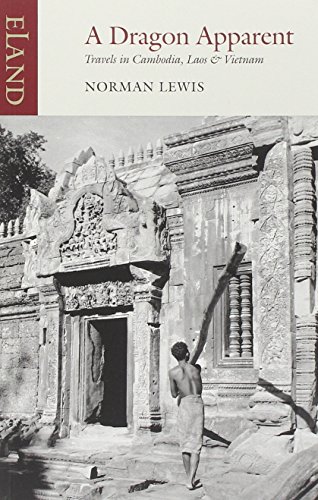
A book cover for A Dragon Apparent: Travels in Cambodia, Laos, and Vietnam; Norman Lewis; Travel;